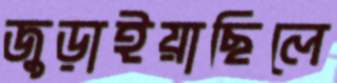
জুড়াইয়াছিলে